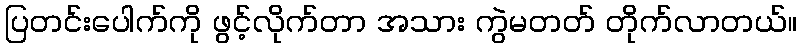
ပြတင်းပေါက်ကို ဖွင့်လိုက်တာ အသား ကွဲမတတ် တိုက်လာတယ်။